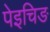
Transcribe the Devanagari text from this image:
पेइचिङ